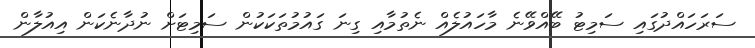
ސަރަހައްދުގައި ސަމިޓު ބޭއްވޭނެ މާހައުލެއް ނެތުމާއި ގިނަ ގައުމުތަކަކުން ސަމިޓަށް ނުދާނެކަން އިއުލާން